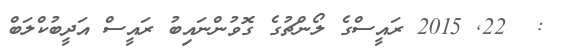
:  22